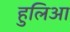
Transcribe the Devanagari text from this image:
हुलिआ